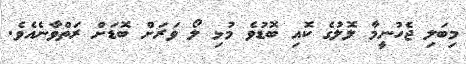
މިބަލި ޖެހުނީމާ ލޮލުގެ ކޮއި ބޮޑުވެ މުޅި ލޯ ވަރަށް ބޮޑަށް ރަތްވާނެއެވެ.